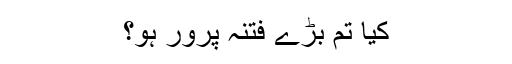
کیا تم بڑے فتنہ پرور ہو؟